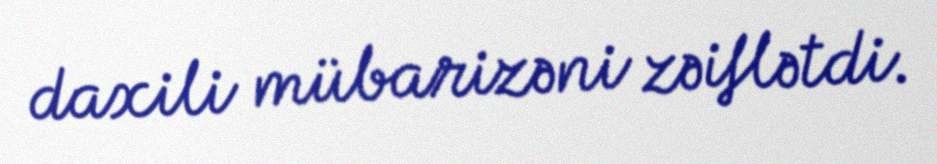
daxili mübarizəni zəiflətdi.